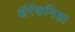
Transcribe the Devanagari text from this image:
अॅरॅकनिडा